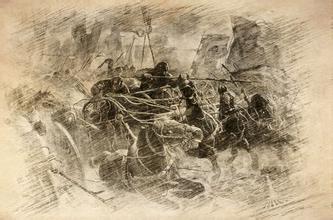
非我族类，其心必异。